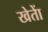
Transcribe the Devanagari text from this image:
खेताें